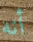
أنه